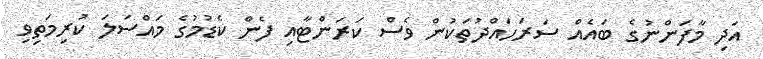
އަދި މާފަންނުގެ ބައެއް ސަރަހައްދުތަކުން ވެސް ކަރަންޓާއި ފެން ކެޑުމުގެ މައްސަލަ ކުރިމަތިވި